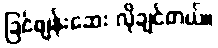
ခြင်ဖျန်းဆေး လိုချင်တယ်။